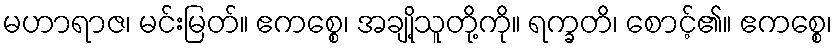
မဟာရာဇ၊ မင်းမြတ်။ ဧကစ္စေ၊ အချို့သူတို့ကို။ ရက္ခတိ၊ စောင့်၏။ ဧကစ္စေ၊